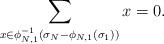
LaTeX: \begin{gather*} \sum_{x\in \phi_{N,1}^{-1}(\sigma_N-\phi_{N,1}(\sigma_1))} x = 0. \end{gather*}